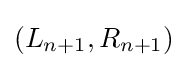
(L_{n+1},R_{n+1})